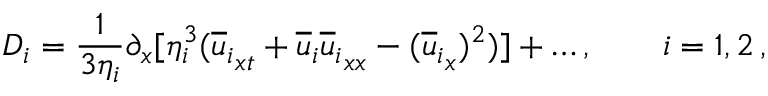
D _ { i } = \frac { 1 } { 3 \eta _ { i } } \partial _ { x } [ \eta _ { i } ^ { 3 } ( { { \overline { { u } } } _ { i } } _ { x t } + { { \overline { { u } } } _ { i } } { { \overline { { u } } } _ { i } } _ { x x } - ( { { \overline { { u } } } _ { i } } _ { x } ) ^ { 2 } ) ] + \dots , \qquad { i = 1 , 2 } \, ,